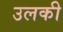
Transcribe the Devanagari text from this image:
उलकी